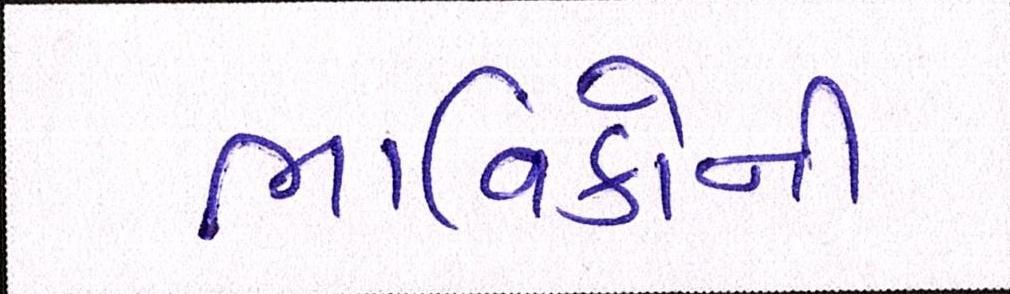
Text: ભાવિકોની